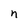
Character: n